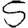
Digit: 5